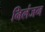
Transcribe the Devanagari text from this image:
निलंजन